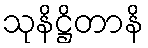
သုနိဋ္ဌိတာနိ